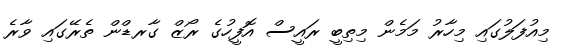
މިއުފަލުގައި މިހާރު މަމެން މިތިބީ ރައީސް އޮފީހުގެ ރޯޒް ގާރޑްން ތެރޭގައި ވާރެ